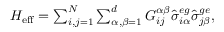
\begin{array} { r } { H _ { \mathrm { e f f } } = \sum _ { i , j = 1 } ^ { N } \sum _ { \alpha , \beta = 1 } ^ { d } G _ { i j } ^ { \alpha \beta } \hat { \sigma } _ { i \alpha } ^ { e g } \hat { \sigma } _ { j \beta } ^ { g e } , } \end{array}